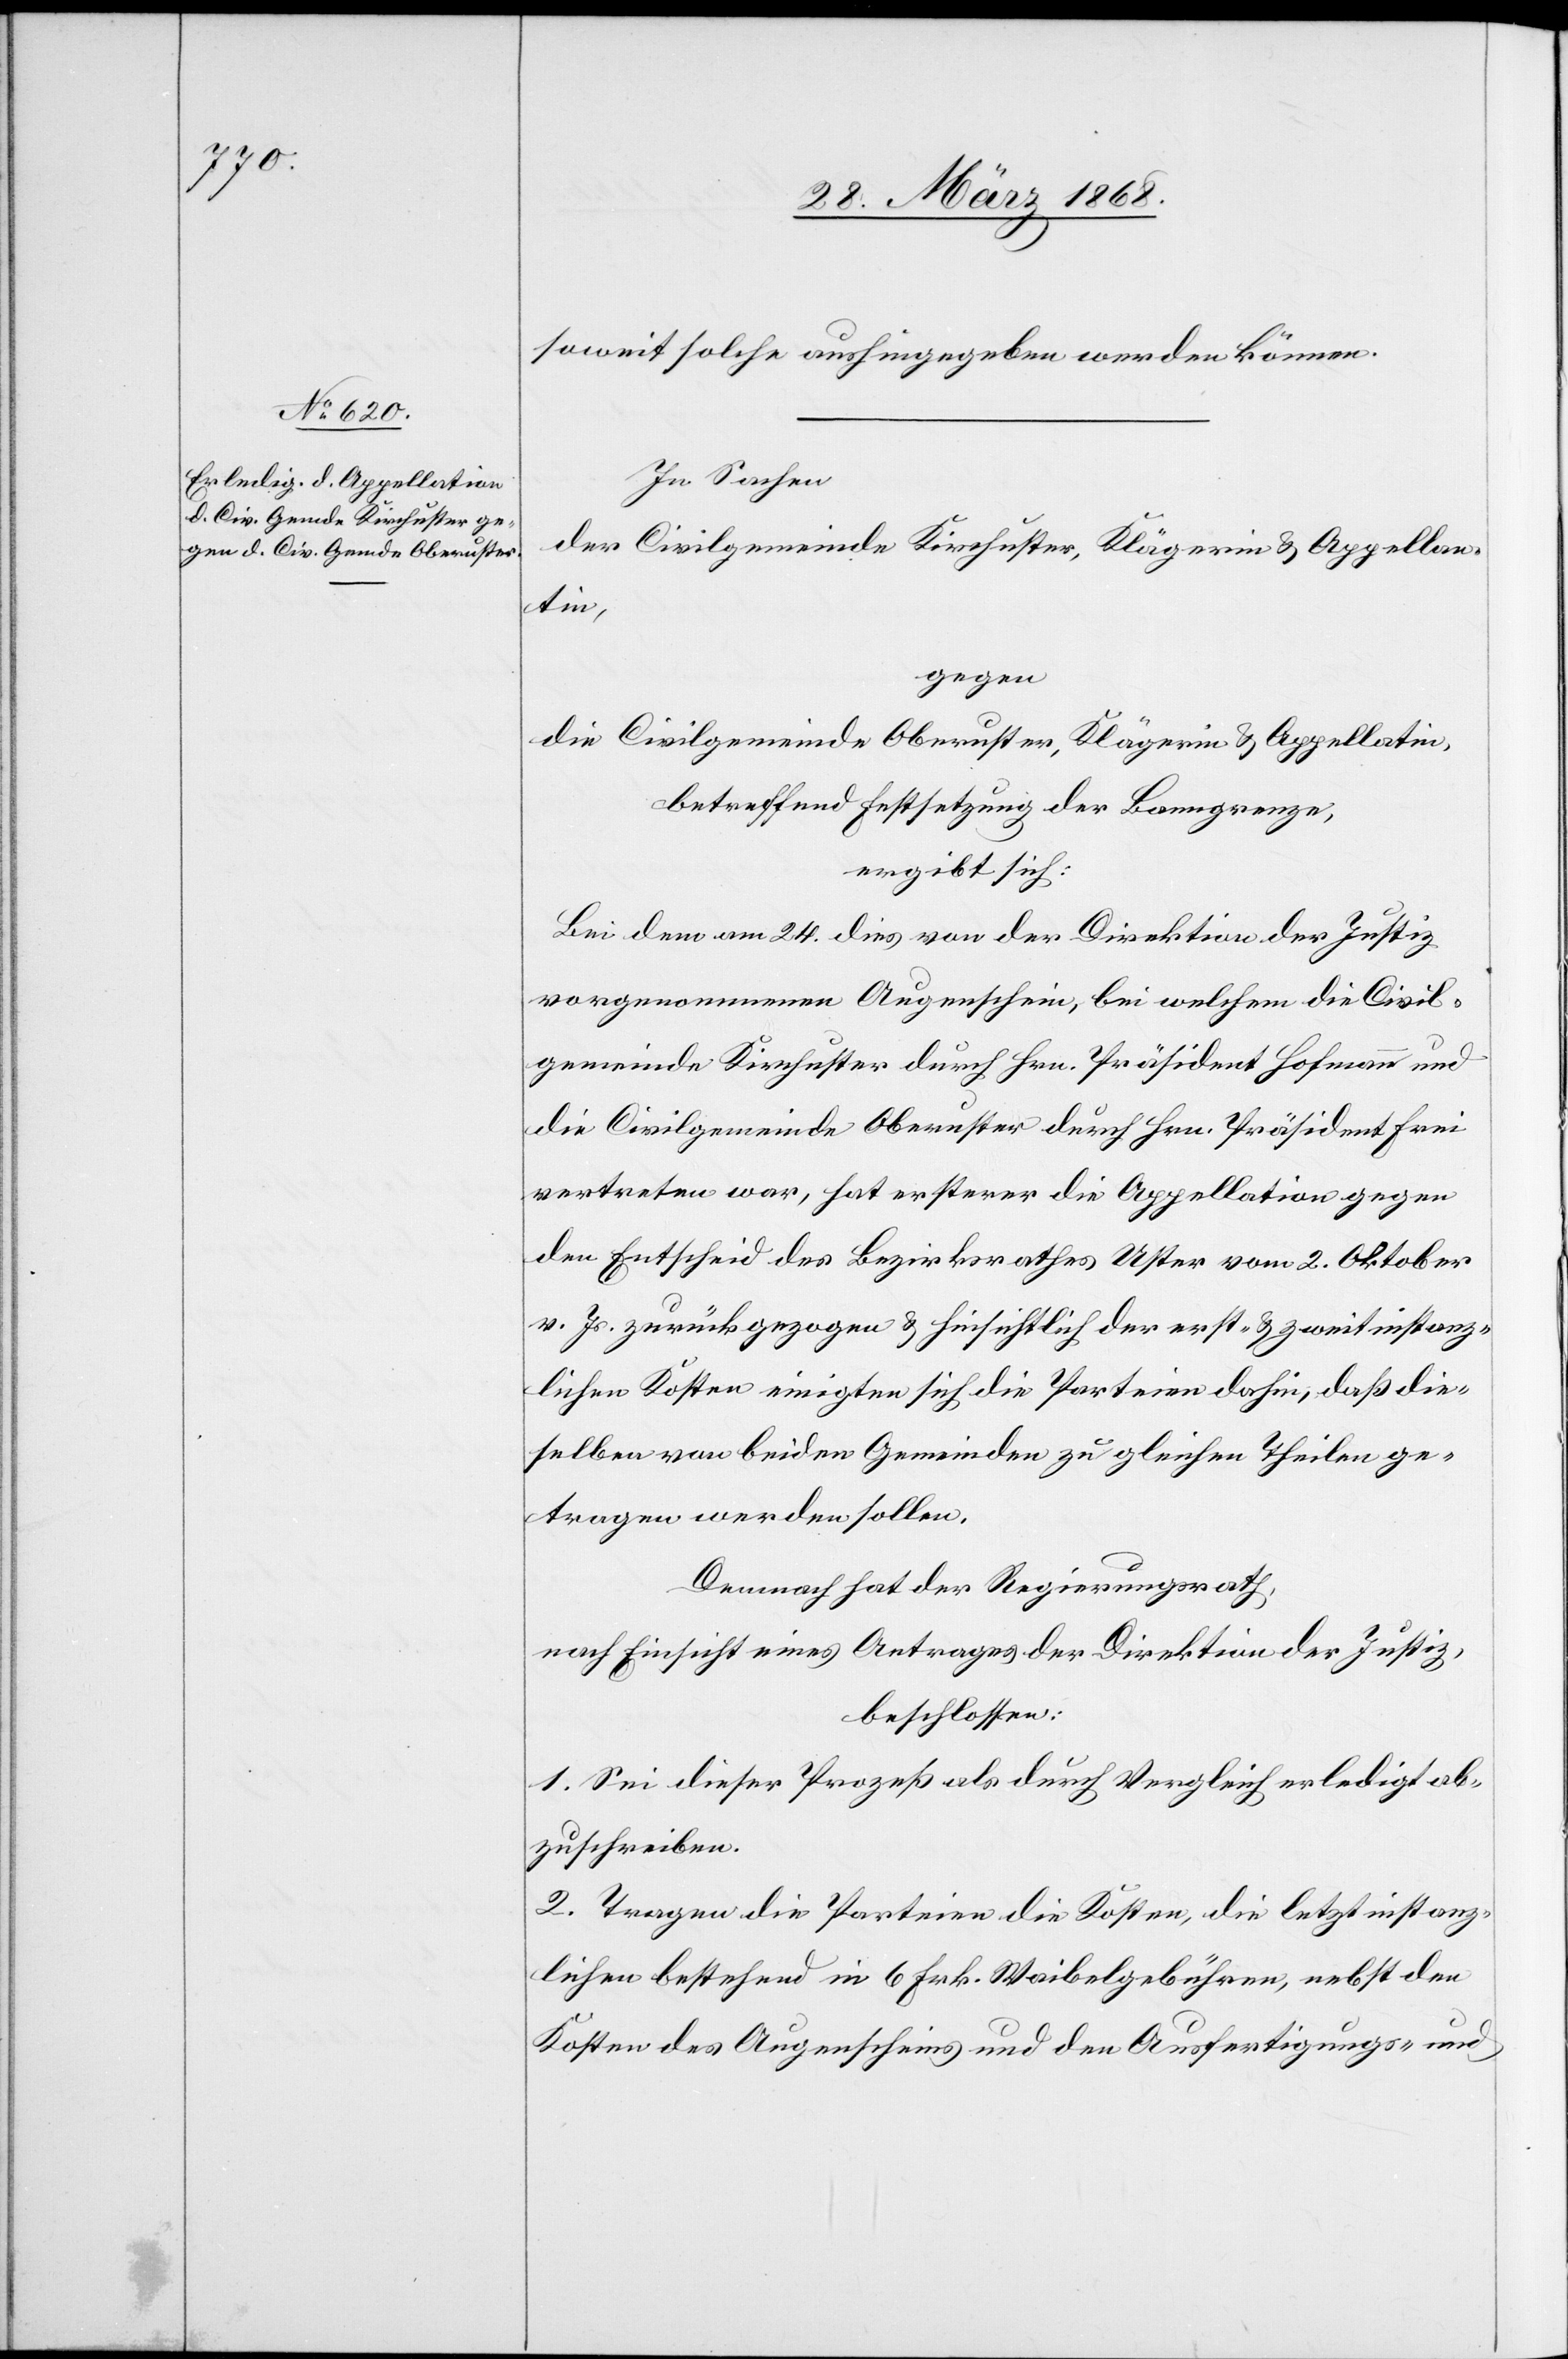
soweit solche aushingegeben werden können.
In Sachen
der Civilgemeinde Kirchuster, Klägerin & Appellan¬
tin,
gegen
die Civilgemeinde Oberuster, Klägerin & Appellatin,
betreffend Festsetzung der Banngrenze,
ergibt sich:
Bei dem am 24. dies von der Direktion der Justiz
vorgenommenen Augenschein, bei welchem die Civil¬
gemeinde Kirchuster durch Hrn. Präsident Hofmann und
die Civilgemeinde Oberuster durch Hrn. Präsident Frei
vertreten war, hat ersterer die Appellation gegen
den Entscheid des Bezirksrathes Uster vom 2. Oktober
v. Js. zurückgezogen & hinsichtlich der erst- & zweitinstanz¬
lichen Kosten einigten sich die Parteien dahin, daß die¬
selben von beiden Gemeinden zu gleichen Theilen ge¬
tragen werden sollen.
Demnach hat der Regierungsrath,
nach Einsicht eines Antrages der Direktion der Justiz,
beschlossen:
1. Sei dieser Prozeß als durch Vergleich erledigt ab¬
zuschreiben.
2. Tragen die Parteien die Kosten, die letztinstanz¬
lichen bestehend in 6 Frk. Waibelgebühren, nebst den
Kosten des Augenscheins und den Ausfertigungs- und